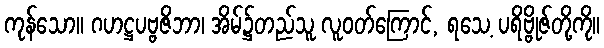
ကုန်သော။ ဂဟဋ္ဌပဗ္ဗဇိဘာ၊ အိမ်၌တည်သူ လူဝတ်ကြောင်, ရသေ့ ပရိဗ္ဗိုဇ်တို့ကို။